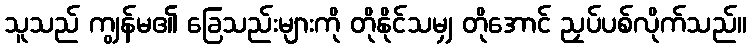
သူသည် ကျွန်မ၏ ခြေသည်းများကို တိုနိုင်သမျှ တိုအောင် ညှပ်ပစ်လိုက်သည်။